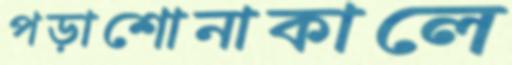
পড়াশোনাকালে